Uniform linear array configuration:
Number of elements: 32
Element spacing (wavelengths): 1
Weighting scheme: hamming
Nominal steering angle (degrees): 60
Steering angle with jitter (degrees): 61.13
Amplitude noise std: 0.05
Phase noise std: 0.05

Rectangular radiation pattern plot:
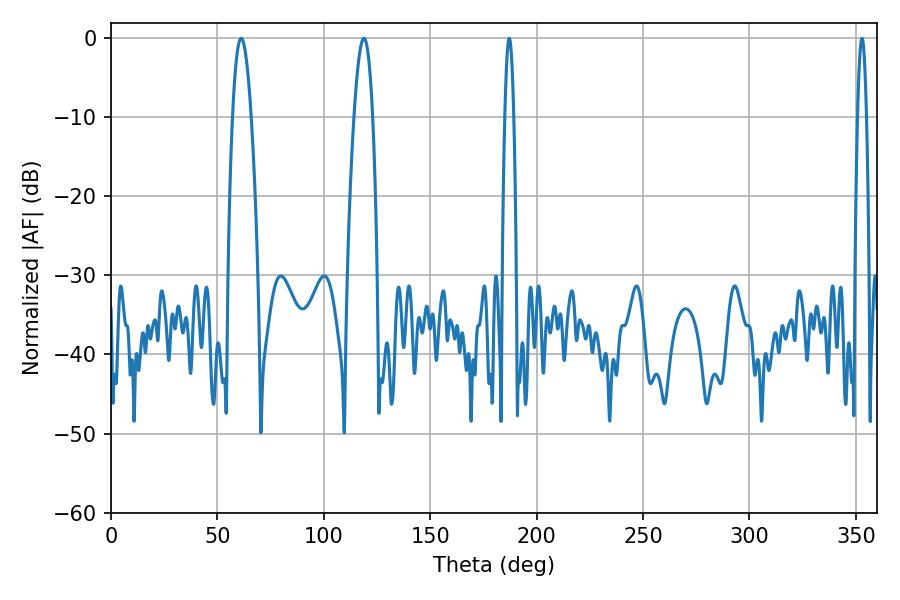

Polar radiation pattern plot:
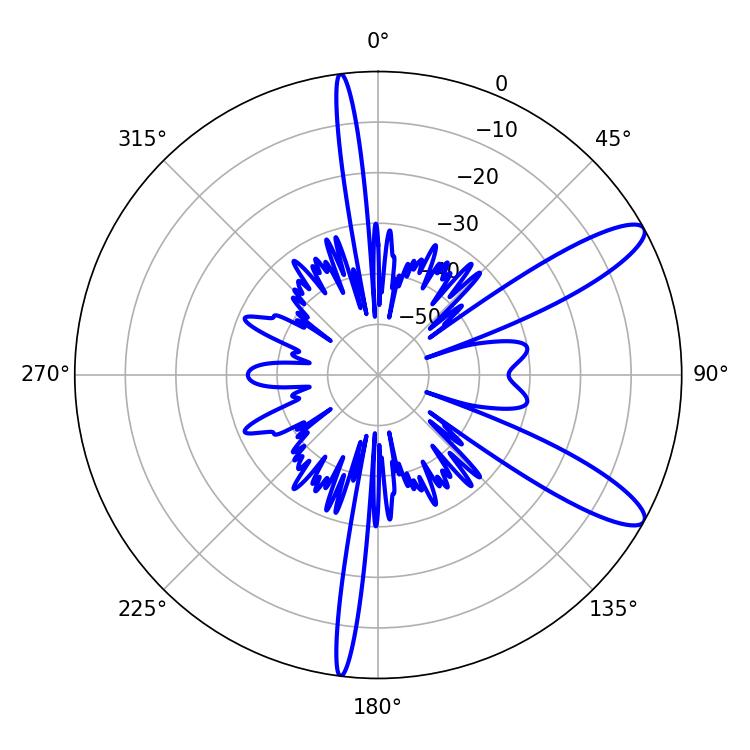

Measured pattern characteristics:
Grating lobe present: TRUE
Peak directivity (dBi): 11.281
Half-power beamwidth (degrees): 4.86
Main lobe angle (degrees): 61.2